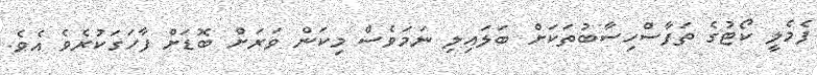
ފެމެލީ ކޯޓުގެ ތަފާސްހިސާބުތަކަށް ބަލައިލި ނަމަވެސް މިކަން ވަރަށް ބޮޑަށް ފާހަގަކުރެވެ އެވެ.